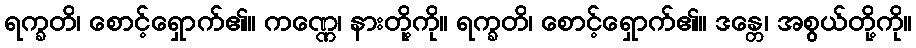
ရက္ခတိ၊ စောင့်ရှောက်၏။ ကဏ္ဏေ၊ နားတို့ကို။ ရက္ခတိ၊ စောင့်ရှောက်၏။ ဒန္တေ၊ အစွယ်တို့ကို။